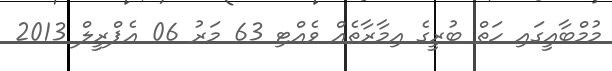
މުމްބާއީގައި ހަތް ބުރީގެ އިމާރާތެއް ވެއްޓި 63 މަރު 06 އެޕްރީލް 2013